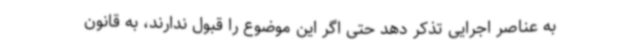
به عناصر اجرایی تذکر دهد حتی اگر این موضوع را قبول ندارند، به قانون